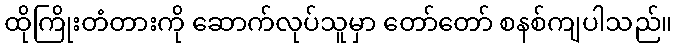
ထိုကြိုးတံတားကို ဆောက်လုပ်သူမှာ တော်တော် စနစ်ကျပါသည်။